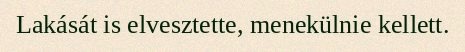
Lakását is elvesztette, menekülnie kellett.